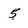
Character: 5